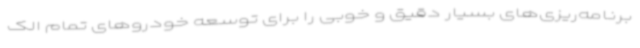
برنامه‌ریزی‌های بسیار دقیق و خوبی را برای توسعه خودروهای تمام الک